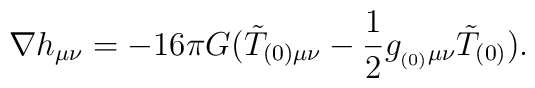
\nabla h_{\mu\nu} =-16 \pi G (\tilde T_{(0)\mu \nu} -\frac{1}{2} g_{_{(0)} \mu \nu} \tilde T_{(0)}).